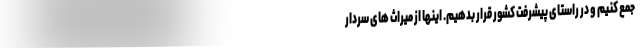
جمع کنیم و در راستای پیشرفت کشور قرار بدهیم. اینها از میراث های سردار